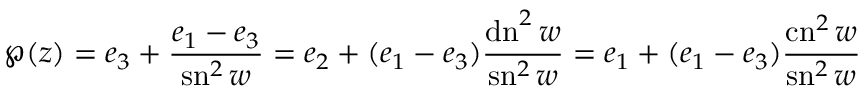
\wp ( z ) = e _ { 3 } + { \frac { e _ { 1 } - e _ { 3 } } { \operatorname { s n } ^ { 2 } w } } = e _ { 2 } + ( e _ { 1 } - e _ { 3 } ) { \frac { \operatorname { d n } ^ { 2 } w } { \operatorname { s n } ^ { 2 } w } } = e _ { 1 } + ( e _ { 1 } - e _ { 3 } ) { \frac { \operatorname { c n } ^ { 2 } w } { \operatorname { s n } ^ { 2 } w } }